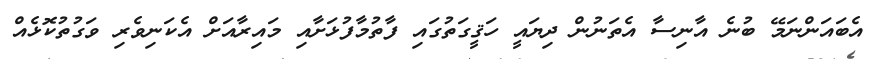
އެބައަންނަމޭ ބުނެ އާނިސާ އެތަނުން ދިޔައީ ހަޤީގަތުގައި ފާތުމާފުޅަށާއި މައިރާއަށް އެކަނިވެރި ވަގުތުކޮޅެއް